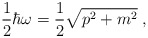
\begin{align*}\frac{1}{2}\hbar\omega = \frac{1}{2}\sqrt{p^2 + m^2} \;,\end{align*}